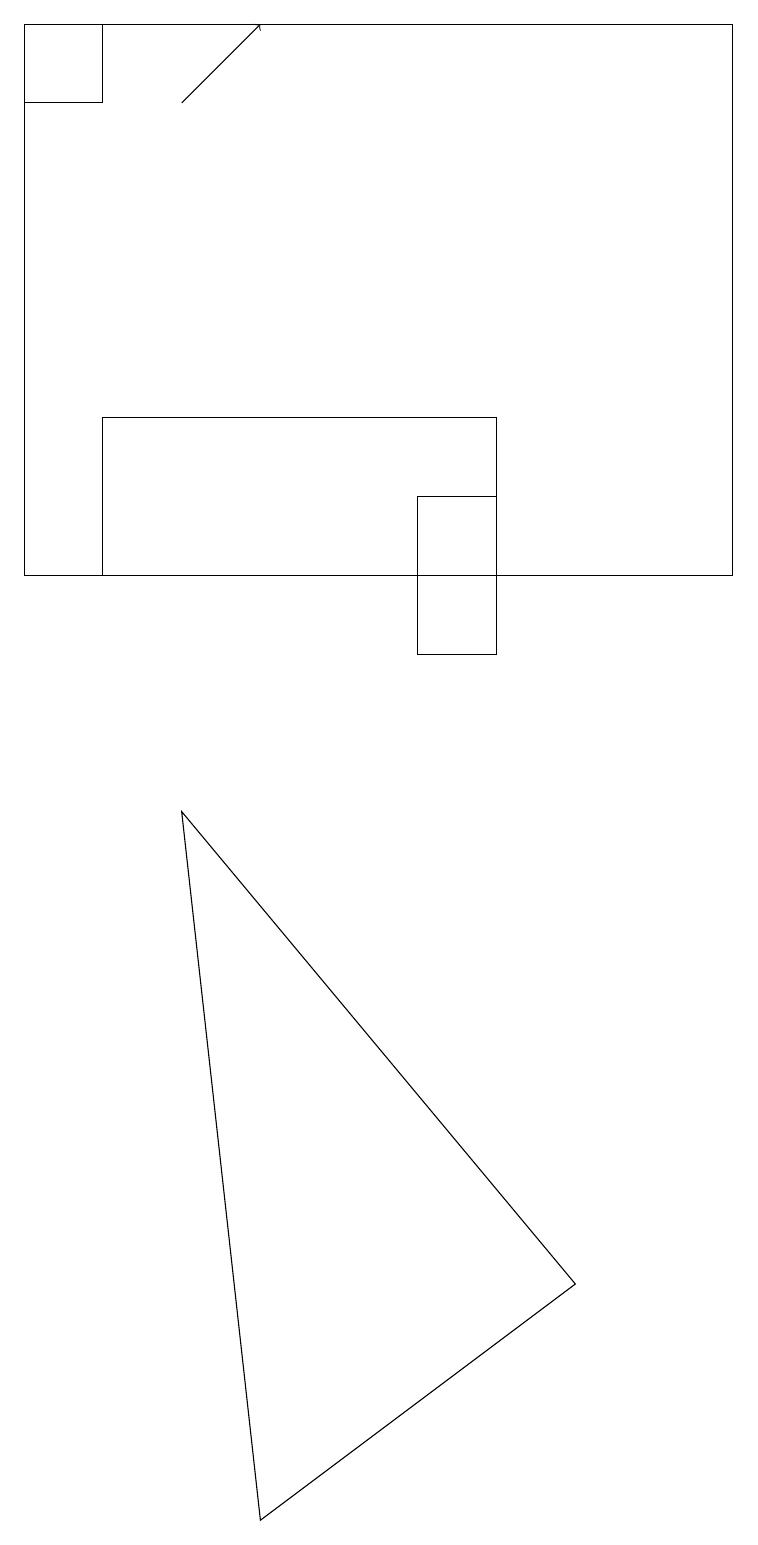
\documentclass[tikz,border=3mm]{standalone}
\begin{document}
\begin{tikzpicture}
\draw (9,12) rectangle (0,19);
\draw (2,9) -- (7,3) -- (3,0) -- cycle;
\draw (1,19) rectangle (0,18);
\draw (6,14) rectangle (1,12);
\draw[->] (2,18) -- (3,19);
\draw (6,13) rectangle (5,11);
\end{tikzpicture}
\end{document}